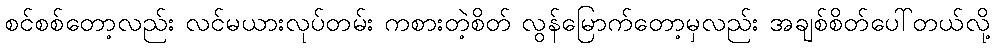
စင်စစ်တော့လည်း လင်မယားလုပ်တမ်း ကစားတဲ့စိတ် လွန်မြောက်တော့မှလည်း အချစ်စိတ်ပေါ်တယ်လို့